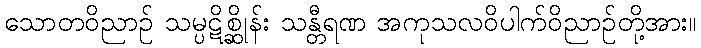
သောတဝိညာဉ် သမ္ပဋိစ္ဆိုန်း သန္တီရဏ အကုသလဝိပါက်ဝိညာဉ်တို့အား။